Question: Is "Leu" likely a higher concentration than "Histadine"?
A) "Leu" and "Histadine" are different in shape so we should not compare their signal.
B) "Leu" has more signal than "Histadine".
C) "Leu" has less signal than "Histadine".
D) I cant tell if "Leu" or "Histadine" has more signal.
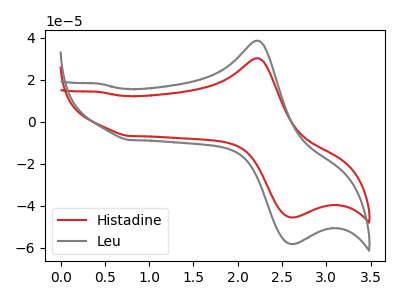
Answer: <think>The red curve "Histadine" has an anodic peak at (2.20V, 30.15uA) and a cathodic peak at (2.65V, -45.60uA). The gray curve "Leu" has an anodic peak at (2.20V, 38.50uA) and a cathodic peak at (2.65V, -58.20uA).
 All the peaks in "Leu" have a peak in "Histadine" at the same potential. Every peak in "Leu" is higher than every peak in "Histadine".</think>
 <answer>B) "Leu" has more signal than "Histadine".</answer>
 <eval>B</eval>